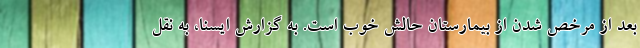
بعد از مرخص شدن از بیمارستان حالش خوب است. به گزارش ایسنا، به نقل